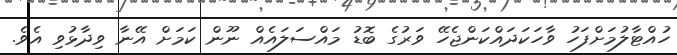
ހުއްޓާލުމަށްފަހު ވާހަކަދައްކަންޖެހޭ ވަރުގެ ބޮޑު މައްސަލައެއް ނޫން ކަމަށް އޭނާ ވިދާޅުވި އެވެ.